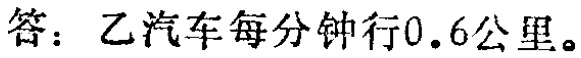
答：乙汽车每分钟行0.6公里。